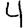
Digit: 4